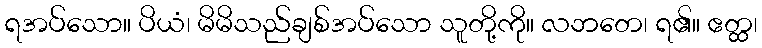
ရအပ်သော။ ပိယံ၊ မိမိသည်ချစ်အပ်သော သူတို့ကို။ လဘတေ၊ ရ၏။ ဧတ္ထ၊